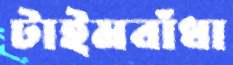
টাইমবাঁধা